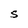
Character: S